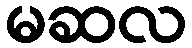
မဆလ